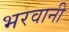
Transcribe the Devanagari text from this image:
भरवानी